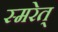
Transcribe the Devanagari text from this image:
स्मरेत्